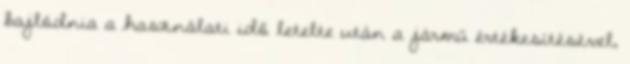
bajlódnia a használati idő letelte után a jármű értékesítésével,